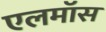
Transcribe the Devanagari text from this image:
एलमॉस